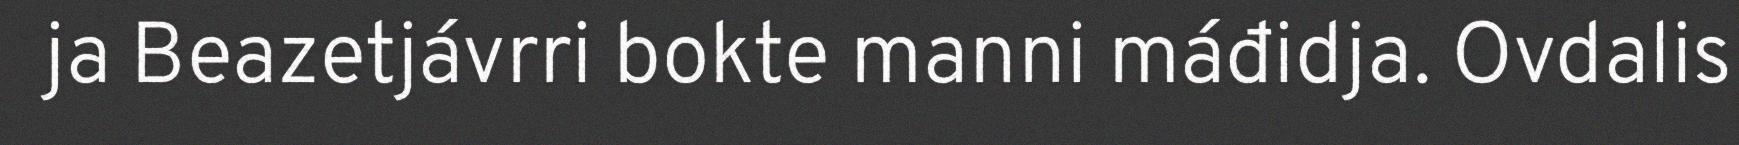
ja Beazetjávrri bokte manni máđidja. Ovdalis